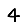
Digit: 4